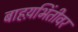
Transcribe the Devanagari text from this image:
बाहय़भिंतीवर